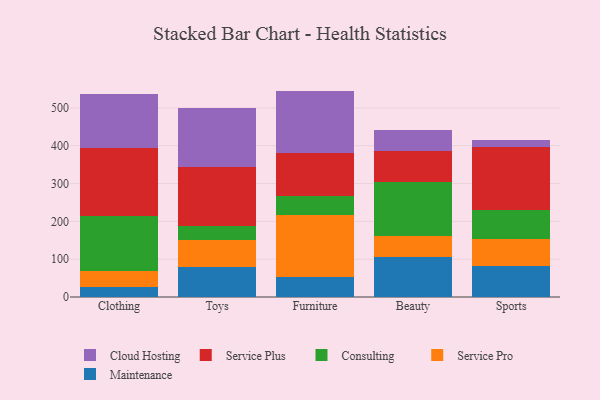
{"axis": {"x": "Category", "y": "Customer Acquisition Cost (USD)"}, "legend": ["Cloud Hosting", "Consulting", "Maintenance", "Service Plus", "Service Pro"], "data": [{"x": "Clothing", "y": 25.2, "type": "Maintenance"}, {"x": "Clothing", "y": 43.2, "type": "Service Pro"}, {"x": "Clothing", "y": 146.7, "type": "Consulting"}, {"x": "Clothing", "y": 178.7, "type": "Service Plus"}, {"x": "Clothing", "y": 141.9, "type": "Cloud Hosting"}, {"x": "Toys", "y": 80.3, "type": "Maintenance"}, {"x": "Toys", "y": 70.6, "type": "Service Pro"}, {"x": "Toys", "y": 37.9, "type": "Consulting"}, {"x": "Toys", "y": 156.1, "type": "Service Plus"}, {"x": "Toys", "y": 155.0, "type": "Cloud Hosting"}, {"x": "Furniture", "y": 52.3, "type": "Maintenance"}, {"x": "Furniture", "y": 165.0, "type": "Service Pro"}, {"x": "Furniture", "y": 50.0, "type": "Consulting"}, {"x": "Furniture", "y": 113.8, "type": "Service Plus"}, {"x": "Furniture", "y": 164.1, "type": "Cloud Hosting"}, {"x": "Beauty", "y": 105.6, "type": "Maintenance"}, {"x": "Beauty", "y": 56.6, "type": "Service Pro"}, {"x": "Beauty", "y": 141.3, "type": "Consulting"}, {"x": "Beauty", "y": 81.4, "type": "Service Plus"}, {"x": "Beauty", "y": 57.5, "type": "Cloud Hosting"}, {"x": "Sports", "y": 80.8, "type": "Maintenance"}, {"x": "Sports", "y": 72.7, "type": "Service Pro"}, {"x": "Sports", "y": 75.9, "type": "Consulting"}, {"x": "Sports", "y": 168.3, "type": "Service Plus"}, {"x": "Sports", "y": 16.3, "type": "Cloud Hosting"}]}